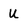
Character: U